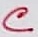
Text: C